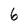
Character: 6